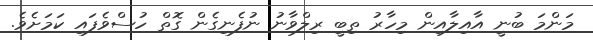
މަންމަ ބުނީ އާއިލާއިން މިހާރު ތިބީ ރިލްވާނު ނުފެނިގެން ގޮތް ހުސްވެފައި ކަމަށެވެ.